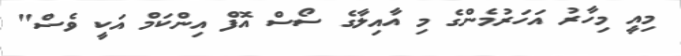
މިއީ މިހާރު އަހަރުމެންގެ މި އާއިލާގެ ސޯސް އޮފް އިންކަމް އަކީ ވެސް"